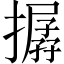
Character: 𢵔